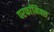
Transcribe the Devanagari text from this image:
परर्फामिक्स